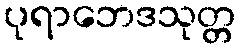
ပုရာဘေဒသုတ္တ